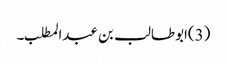
(3)ابوطالب بن عبدالمطلب۔